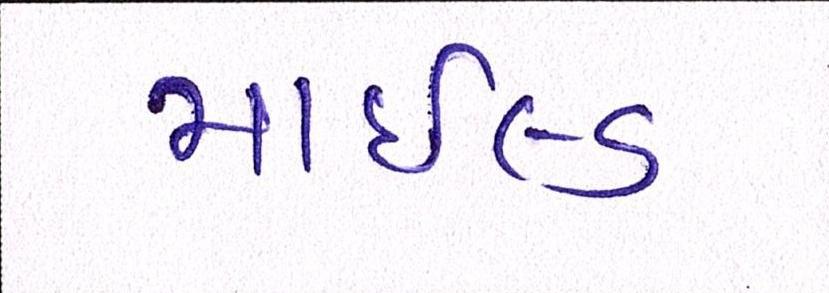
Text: માઇલ્ડ